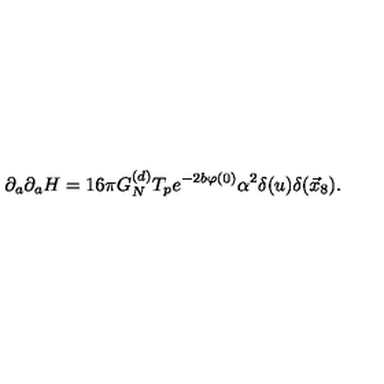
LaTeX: \partial _ { a } \partial _ { a } H = 1 6 \pi G _ { N } ^ { ( d ) } T _ { p } e ^ { - 2 b \varphi ( 0 ) } \alpha ^ { 2 } \delta ( u ) \delta ( \vec { x } _ { 8 } ) .